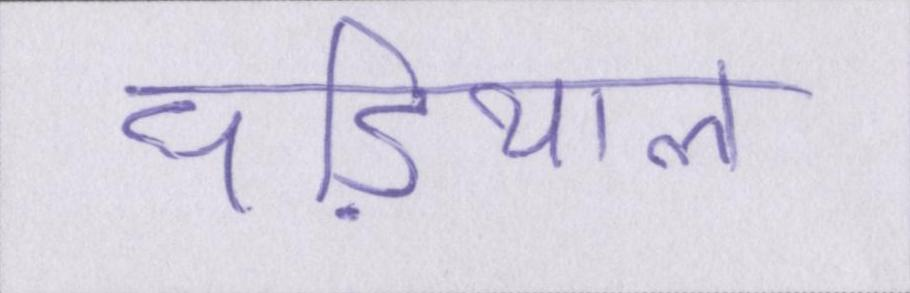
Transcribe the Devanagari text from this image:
घडि़याल